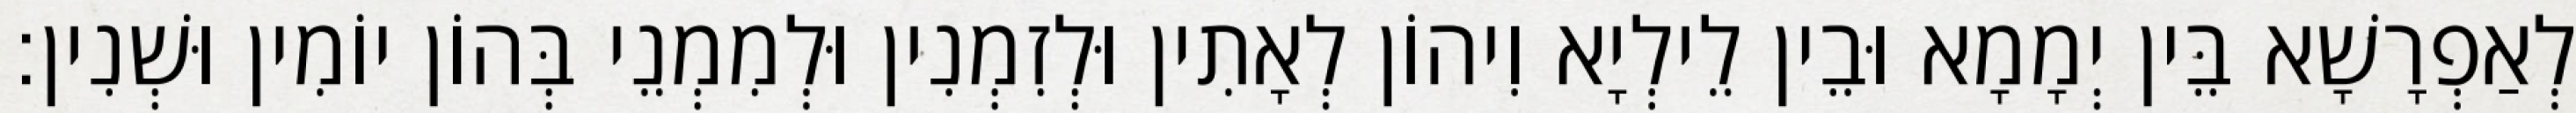
לְאַפְרָשָׁא בֵּין יְמָמָא וּבֵין לֵילְיָא וִיהוֹן לְאָתִין וּלְזִמְנִין וּלְמִמְנֵי בְּהוֹן יוֹמִין וּשְׁנִין׃